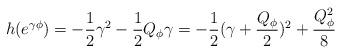
LaTeX: \begin{align*}h(e^{\gamma\phi})=-{1\over 2}\gamma^2-{1\over 2}Q_{\phi}\gamma=-{1\over 2}(\gamma+{Q_{\phi}\over 2})^2+{Q_{\phi}^2\over 8}\end{align*}